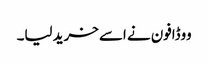
ووڈافون نے اسے خرید لیا۔